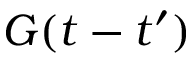
G ( t - t ^ { \prime } )